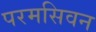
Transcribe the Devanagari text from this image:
परमसिवन